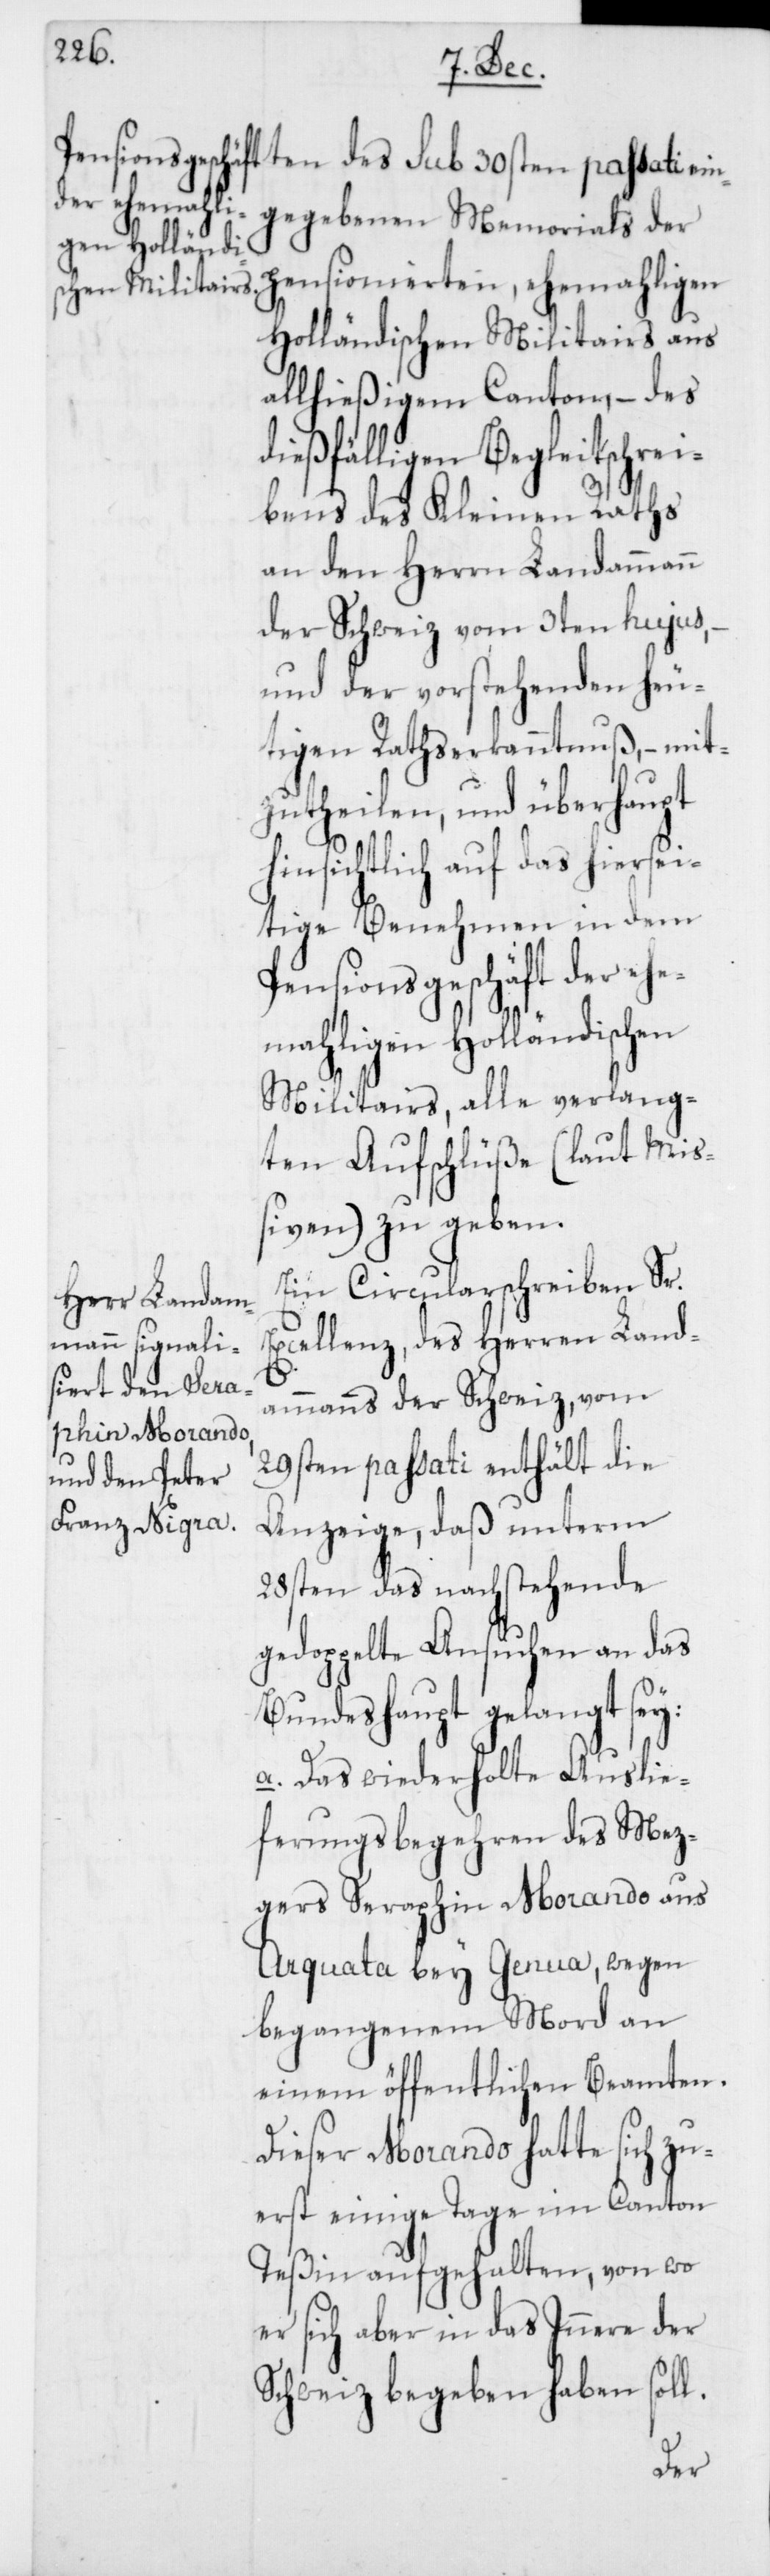
gegebenen Memorials der
pensionierten ehemaligen
Holländischen Militairs aus
allhießigem Canton, – des
dießfälligen Begleitschrei¬
bens des Kleinen Raths
an den Herrn Landammann
der Schweiz vom 3ten hujus,
und der vorstehenden heu¬
tigen Rathserkanntnuß, – mit¬
zutheilen, und überhaupt
hinsichtlich auf das hiersei¬
tige Benehmen in dem
Pensionsgeschäft der ehe¬
maligen Holländischen
Militairs, alle verlang¬
ten Aufschlüße (laut Mi¬
ßiven) zu geben.
Ein Circularschreiben Sr.
Excellenz, des Herren Land¬
ammanns der Schweiz, vom
30sten passati ein¬
29sten passati enthält die
Anzeige, daß unterm
28sten das nachstehende
gedoppelte Ansuchen an das
Bundeshaupt gelangt sey:
a. Das wiederholte Auslie¬
ferungsbegehren des Mez¬
gers Seraphin Morando aus
Arquata bey Genua, wegen
begangenem Mord an
einem öffentlichen Beamten.
Dieser Morando hatte sich zu¬
erst einige Tage im Canton
Teßin aufgehalten, von wo
er sich aber in das Innere der
Schweiz begeben haben soll.
des